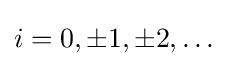
i=0,\pm 1,\pm 2,\dots